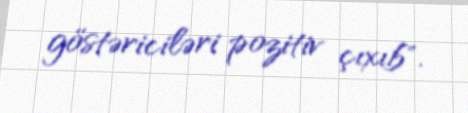
göstəriciləri pozitiv çıxıb".